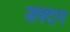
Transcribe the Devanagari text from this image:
जोवेदांग